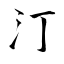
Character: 汀